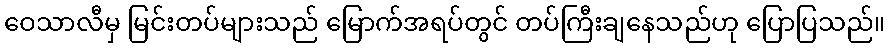
ဝေသာလီမှ မြင်းတပ်များသည် မြောက်အရပ်တွင် တပ်ကြီးချနေသည်ဟု ပြောပြသည်။